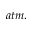
a t m .